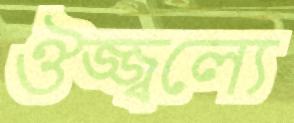
ঔজ্জ্বল্যে